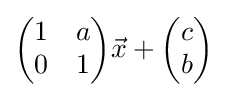
{\begin{pmatrix}1&a\\0&1\end{pmatrix}}{\vec {x}}+{\begin{pmatrix}c\\b\end{pmatrix}}